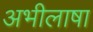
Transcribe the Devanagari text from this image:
अभीलाषा